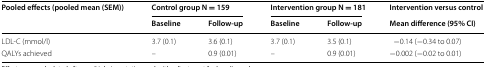
<table><thead><tr><td rowspan="2"><b>Pooled effects (pooled mean (SEM))</b></td><td colspan="2"><b>Control group N = 159</b></td><td colspan="2"><b>Intervention group N = 181</b></td><td><b>Intervention versus control</b></td></tr><tr><td><b>Baseline</b></td><td><b>Follow-up</b></td><td><b>Baseline</b></td><td><b>Follow-up</b></td><td><b>Mean difference (95% CI)</b></td></tr></thead><tbody><tr><td>LDL-C (mmol/l)</td><td>3.7 (0.1)</td><td>3.6 (0.1)</td><td>3.7 (0.1)</td><td>3.5 (0.1)</td><td>−0.14 (−0.34 to 0.07)</td></tr><tr><td>QALYs achieved</td><td>–</td><td>0.9 (0.01)</td><td>–</td><td>0.9 (0.01)</td><td>−0.002 (−0.02 to 0.01)</td></tr></tbody></table>